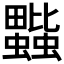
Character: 𧔆